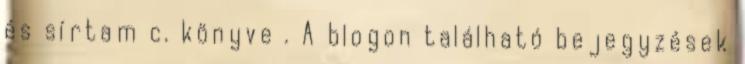
és sírtam c. könyve . A blogon található bejegyzések